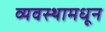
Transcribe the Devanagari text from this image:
व्यवस्थामधून